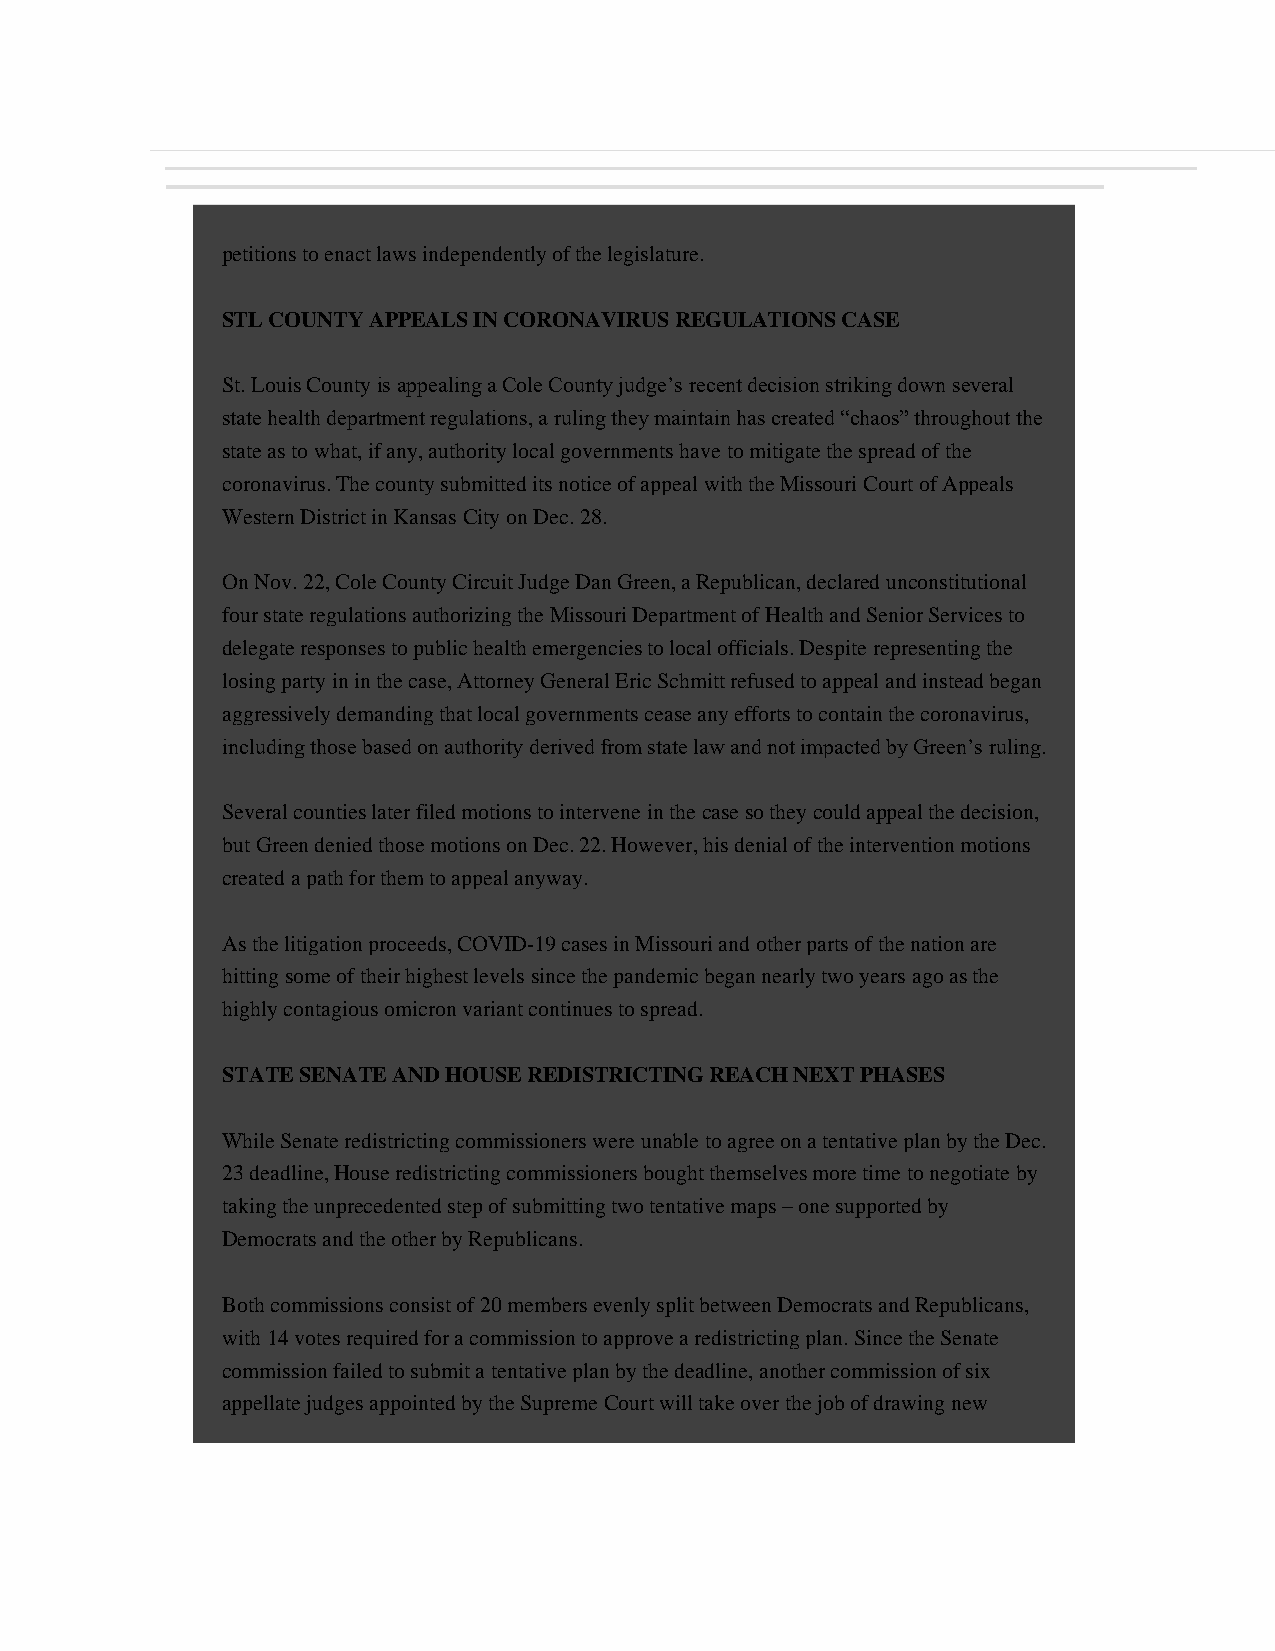
petitions to enact laws independently of the legislature.
 STL COUNTY APPEALS IN CORONAVIRUS REGULATIONS CASE
 St. Louis County is appealing a Cole County judge’s recent decision striking down several
 state health department regulations, a ruling they maintain has created “chaos” throughout the
 state as to what, if any, authority local governments have to mitigate the spread of the
 coronavirus. The county submitted its notice of appeal with the Missouri Court of Appeals
 Western District in Kansas City on Dec. 28.
 On Nov. 22, Cole County Circuit Judge Dan Green, a Republican, declared unconstitutional
 four state regulations authorizing the Missouri Department of Health and Senior Services to
 delegate responses to public health emergencies to local officials. Despite representing the
 losing party in in the case, Attorney General Eric Schmitt refused to appeal and instead began
 aggressively demanding that local governments cease any efforts to contain the coronavirus,
 including those based on authority derived from state law and not impacted by Green’s ruling.
 Several counties later filed motions to intervene in the case so they could appeal the decision,
 but Green denied those motions on Dec. 22. However, his denial of the intervention motions
 created a path for them to appeal anyway.
 As the litigation proceeds, COVID-19 cases in Missouri and other parts of the nation are
 hitting some of their highest levels since the pandemic began nearly two years ago as the
 highly contagious omicron variant continues to spread.
 STATE SENATE AND HOUSE REDISTRICTING REACH NEXT PHASES
 While Senate redistricting commissioners were unable to agree on a tentative plan by the Dec.
 23 deadline, House redistricting commissioners bought themselves more time to negotiate by
 taking the unprecedented step of submitting two tentative maps – one supported by
 Democrats and the other by Republicans.
 Both commissions consist of 20 members evenly split between Democrats and Republicans,
 with 14 votes required for a commission to approve a redistricting plan. Since the Senate
 commission failed to submit a tentative plan by the deadline, another commission of six
 appellate judges appointed by the Supreme Court will take over the job of drawing new